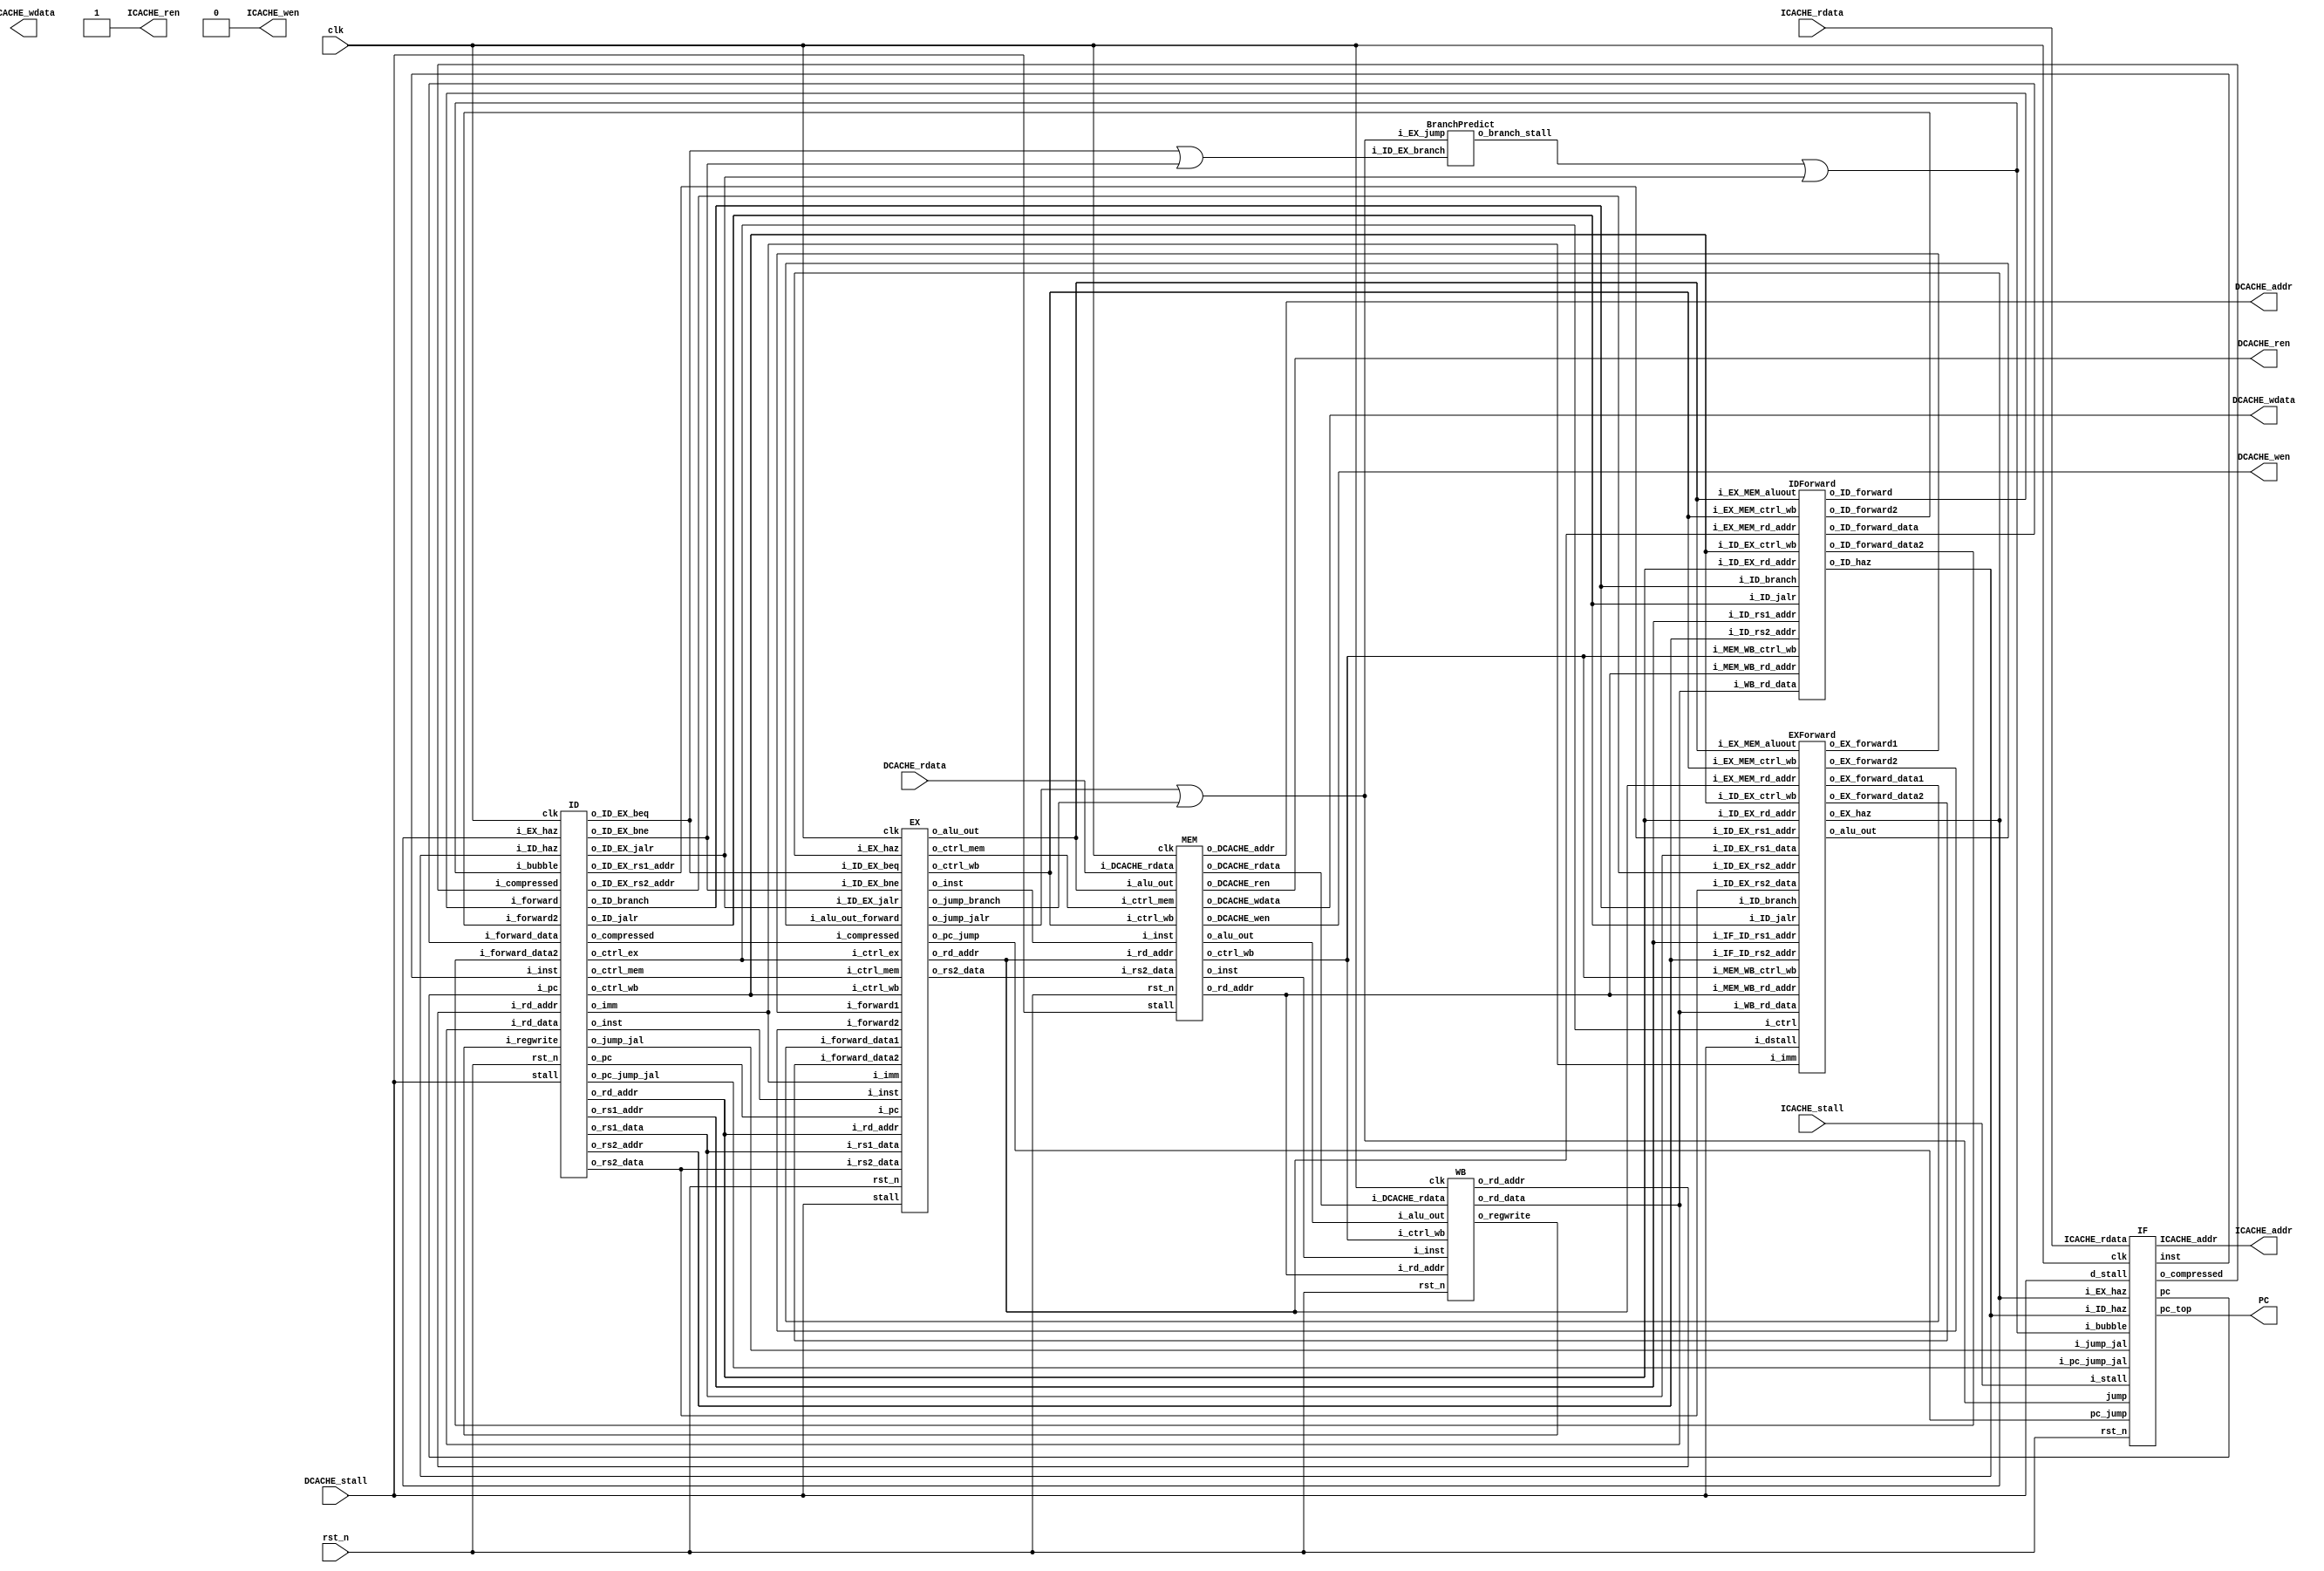
module RISCV_Pipeline (
		// control interface
		clk            ,
		rst_n          ,
//---------I cache interface-------		
		ICACHE_ren     ,
		ICACHE_wen     ,
		ICACHE_addr    ,
		ICACHE_wdata   ,
		ICACHE_stall   ,
		ICACHE_rdata   ,
//---------D cache interface-------
		DCACHE_ren     ,
		DCACHE_wen     ,
		DCACHE_addr    ,
		DCACHE_wdata   ,
		DCACHE_stall   ,
		DCACHE_rdata   ,
        PC
);

input         clk, rst_n ;
// for mem_D
output        DCACHE_wen  ;  // mem_wen_D is high, CHIP writes data to D-mem
output        DCACHE_ren  ;
input         DCACHE_stall;
output [29:0] DCACHE_addr ;  // the specific address to fetch/store data 
output [31:0] DCACHE_wdata;  // data writing to D-mem 
input  [31:0] DCACHE_rdata;  // data reading from D-mem
// for mem_I
output        ICACHE_wen  ;
output        ICACHE_ren  ;
input         ICACHE_stall;
output [30:0] ICACHE_addr ;
output [31:0] ICACHE_wdata;
input  [31:0] ICACHE_rdata;
output [31:0] PC;

assign ICACHE_ren = 1;
assign ICACHE_wen = 0;

//---------module instantiation and module wire definition-------
wire [31:0] pc_IF_ID,inst_IF_ID;
wire [31:0] pc_jump;
wire haz_ID;
//assign haz_ID = 0;
wire EX_haz;
wire branch_stall;
wire IDIF_bubble;
wire [31:0] pc_jump_jal;
wire jump_jal;
wire jump ;
wire compressed_IF_ID,compressed_ID_EX;
//wire ID_EX_bubble;
IF instfetch(
    .clk(clk),
    .rst_n(rst_n),
    .pc_jump(pc_jump),
    .ICACHE_addr(ICACHE_addr),
    .pc(pc_IF_ID),
    .inst(inst_IF_ID),
    .jump(jump),
    .ICACHE_rdata(ICACHE_rdata),
    .i_stall(ICACHE_stall),
    .d_stall(DCACHE_stall),
    .i_ID_haz(haz_ID),
    .i_EX_haz(EX_haz),
    .pc_top(PC),
    .i_bubble(IDIF_bubble),
    .i_pc_jump_jal(pc_jump_jal),
    .i_jump_jal(jump_jal),
    .o_compressed(compressed_IF_ID)
);

wire [31:0] pc_ID_EX;
wire [31:0] imm_ID_EX;
wire [31:0] rs1_ID_EX,rs2_ID_EX;
wire [4:0] rd_addr_WB_ID;
wire [31:0] rd_data_WB_ID;
wire [4:0] rd_ID_EX;
wire [1:0] ctrl_wb_EX_MEM,ctrl_wb_ID_EX,ctrl_wb_MEM_WB;
wire [1:0] ctrl_mem_EX_MEM,ctrl_mem_ID_EX;
wire [5:0] ctrl_ex_ID_EX;
wire [4:0] rs1_addr_ID,rs2_addr_ID;
wire [31:0] forward_data_ID,forward_data_ID2;
wire forward_ID,forward_ID2;
wire ID_jalr,ID_branch;
wire [4:0] ID_EX_rs1_addr,ID_EX_rs2_addr;
wire [31:0] inst_ID_EX,inst_EX_MEM,inst_MEM_WB;

wire ID_EX_branch; 
BranchPredict branchpre(
    .i_ID_EX_branch(ID_EX_branch),
    .i_EX_jump(jump),
    .o_branch_stall(branch_stall)
);

wire ID_EX_jalr;

ID instdec(
    .clk(clk),
    .rst_n(rst_n),
    .i_inst(inst_IF_ID),
    .i_pc(pc_IF_ID),
    .o_pc(pc_ID_EX),
    .o_imm(imm_ID_EX),
    .o_rs1_data(rs1_ID_EX),
    .o_rs2_data(rs2_ID_EX),
    .i_rd_addr(rd_addr_WB_ID),
    .i_rd_data(rd_data_WB_ID),
    .o_rd_addr(rd_ID_EX),
    .o_ctrl_wb(ctrl_wb_ID_EX),
    .o_ctrl_mem(ctrl_mem_ID_EX),
    .o_ctrl_ex(ctrl_ex_ID_EX),
    .i_regwrite(regwrite_WB_ID),
    //.o_jump(jump),
    //.o_pc_jump(pc_jump),
    .stall(DCACHE_stall),
    .o_rs1_addr(rs1_addr_ID),
    .o_rs2_addr(rs2_addr_ID),
    .i_ID_haz(haz_ID),
    .i_forward(forward_ID),
    .i_forward_data(forward_data_ID),
    .i_forward2(forward_ID2),
    .i_forward_data2(forward_data_ID2),
    .o_ID_jalr(ID_jalr),
    .o_ID_EX_rs1_addr(ID_EX_rs1_addr),
    .o_ID_EX_rs2_addr(ID_EX_rs2_addr),
    .i_EX_haz(EX_haz),
    .o_inst(inst_ID_EX),//debug
    .o_ID_branch(ID_branch),
    .i_bubble(IDIF_bubble),
    .o_ID_EX_beq(ID_EX_beq),
    .o_ID_EX_bne(ID_EX_bne),
    .o_ID_EX_jalr(ID_EX_jalr),
    .o_jump_jal(jump_jal),
    .o_pc_jump_jal(pc_jump_jal),
    .i_compressed(compressed_IF_ID),
    .o_compressed(compressed_ID_EX)
    //.o_ID_EX_bubble(ID_EX_bubble)
);

wire [4:0] rd_EX_MEM;
wire [31:0] alu_EX_MEM;
wire [31:0] rs2_EX_MEM;
wire EX_stall;
wire EX_forward1,EX_forward2;
wire [31:0] EX_forward_data1,EX_forward_data2;
wire [31:0] alu_out_forward;

EX exe(
    .clk(clk),
    .rst_n(rst_n),
    //from ID
    .i_pc(pc_ID_EX),
    .i_imm(imm_ID_EX),
    .i_rs1_data(rs1_ID_EX),
    .i_rs2_data(rs2_ID_EX),
    .i_rd_addr(rd_ID_EX),
    .i_ctrl_wb(ctrl_wb_ID_EX),
    .i_ctrl_mem(ctrl_mem_ID_EX),
    .i_ctrl_ex(ctrl_ex_ID_EX),
    //to MEM
    .o_ctrl_mem(ctrl_mem_EX_MEM),
    .o_ctrl_wb(ctrl_wb_EX_MEM),
    .o_rd_addr(rd_EX_MEM),
    .o_alu_out(alu_EX_MEM),
    .o_rs2_data(rs2_EX_MEM),
    .stall(DCACHE_stall),
    //from EXforward
    .i_forward_data1(EX_forward_data1),
    .i_forward_data2(EX_forward_data2),
    .i_forward1(EX_forward1),
    .i_forward2(EX_forward2),
    .i_EX_haz(EX_haz),
    .i_inst(inst_ID_EX),
    .o_inst(inst_EX_MEM),
    .i_ID_EX_beq(ID_EX_beq),
    .i_ID_EX_bne(ID_EX_bne),
    .i_ID_EX_jalr(ID_EX_jalr),
    .o_pc_jump(pc_jump),
    .o_jump_jalr(jump_jalr),
    .o_jump_branch(jump_branch),
    .i_alu_out_forward(alu_out_forward),
    .i_compressed(compressed_ID_EX)
    //.i_ID_EX_bubble(ID_EX_bubble)
);
assign jump = (jump_jalr || jump_branch);

assign IDIF_bubble = (branch_stall || ID_EX_jalr);
assign ID_EX_branch = (ID_EX_beq || ID_EX_bne);
wire [4:0] rd_MEM_WB;
wire [31:0] alu_MEM_WB;
wire [31:0] mem_MEM_WB;
wire MEM_stall;
MEM mem0(
    .clk(clk),
    .rst_n(rst_n),
    //from EX
    .i_ctrl_mem(ctrl_mem_EX_MEM),
    .i_ctrl_wb(ctrl_wb_EX_MEM),
    .i_rd_addr(rd_EX_MEM),
    .i_alu_out(alu_EX_MEM),
    .i_rs2_data(rs2_EX_MEM),
    //to WB
    .o_ctrl_wb(ctrl_wb_MEM_WB),
    .o_rd_addr(rd_MEM_WB),
    .o_alu_out(alu_MEM_WB),
    .o_DCACHE_rdata(mem_MEM_WB),
    //D cache
    .o_DCACHE_wen(DCACHE_wen),
    .o_DCACHE_addr(DCACHE_addr),
    .o_DCACHE_wdata(DCACHE_wdata),
    .i_DCACHE_rdata(DCACHE_rdata),
    .o_DCACHE_ren(DCACHE_ren),
    .stall(DCACHE_stall),
    .i_inst(inst_EX_MEM),
    .o_inst(inst_MEM_WB)
);

WB writeback(
    .clk(clk),
    .rst_n(rst_n),
    //from MEM
    .i_ctrl_wb(ctrl_wb_MEM_WB),
    .i_rd_addr(rd_MEM_WB),
    .i_alu_out(alu_MEM_WB),
    .i_DCACHE_rdata(mem_MEM_WB),
    //to ID
    .o_regwrite(regwrite_WB_ID),
    .o_rd_addr(rd_addr_WB_ID),
    .o_rd_data(rd_data_WB_ID),
    .i_inst(inst_MEM_WB)
);

IDForward idforwd(
    .i_ID_EX_rd_addr(rd_ID_EX),
    .i_ID_EX_ctrl_wb(ctrl_wb_ID_EX),//{memtoreg,regwrite}
    .i_EX_MEM_aluout(alu_EX_MEM),
    .i_EX_MEM_rd_addr(rd_EX_MEM),
    .i_MEM_WB_rd_addr(rd_MEM_WB),
    .i_EX_MEM_ctrl_wb(ctrl_wb_EX_MEM),
    .i_MEM_WB_ctrl_wb(ctrl_wb_MEM_WB),
    .i_WB_rd_data(rd_data_WB_ID),
    .i_ID_rs1_addr(rs1_addr_ID),
    .i_ID_rs2_addr(rs2_addr_ID),
    .o_ID_forward_data(forward_data_ID), //use this data as rs1 if o_ID_forward = 1
    .o_ID_forward(forward_ID),
    .o_ID_forward2(forward_ID2),
    .o_ID_forward_data2(forward_data_ID2),
    .i_ID_jalr(ID_jalr),
    .i_ID_branch(ID_branch),
    .o_ID_haz(haz_ID)  // need to repeat in IF.ID, and add bubble to EX 
);

EXForward exforwd(
    .i_ID_EX_rs1_addr(ID_EX_rs1_addr),
    .i_ID_EX_rs2_addr(ID_EX_rs2_addr),
    .i_EX_MEM_rd_addr(rd_EX_MEM),
    .i_MEM_WB_rd_addr(rd_MEM_WB),
    .i_EX_MEM_ctrl_wb(ctrl_wb_EX_MEM),//{memtoreg,regwrite}
    .i_MEM_WB_ctrl_wb(ctrl_wb_MEM_WB),
    .i_EX_MEM_aluout(alu_EX_MEM),
    .i_WB_rd_data(rd_data_WB_ID),
    .o_EX_forward1(EX_forward1),
    .o_EX_forward2(EX_forward2),
    .o_EX_forward_data1(EX_forward_data1),
    .o_EX_forward_data2(EX_forward_data2),
    .o_EX_haz(EX_haz),
    .i_ID_EX_ctrl_wb(ctrl_wb_ID_EX),
    .i_ID_jalr(ID_jalr),
    .i_ID_branch(ID_branch),
    .i_ID_EX_rd_addr(rd_ID_EX),
    .i_IF_ID_rs1_addr(rs1_addr_ID),
    .i_IF_ID_rs2_addr(rs2_addr_ID),
    .i_dstall(DCACHE_stall),
    .i_ID_EX_rs1_data(rs1_ID_EX),
    .i_ID_EX_rs2_data(rs2_ID_EX),
    .i_ctrl(ctrl_ex_ID_EX),
    .i_imm(imm_ID_EX),
    .o_alu_out(alu_out_forward)
);
    
endmodule



module IF (
    clk,rst_n,pc_jump,ICACHE_addr,pc,inst,jump,ICACHE_rdata,i_stall,d_stall,
    i_ID_haz,i_EX_haz,pc_top,i_bubble,i_jump_jal,i_pc_jump_jal,o_compressed
);

input i_ID_haz;
input clk,rst_n;
input jump; //jump = 1 --> pc_w = pc_jump
input [31:0] pc_jump; // jump location
output [30:0] ICACHE_addr;
output [31:0] pc; // pc : pc pass to next stage
input [31:0] ICACHE_rdata; //inst read from ICACHE
output [31:0] inst; // inst pass to next stage
input i_stall,d_stall;
input i_EX_haz;
output [31:0] pc_top;
input i_bubble;
input i_jump_jal;
input [31:0] i_pc_jump_jal;
output reg o_compressed;

//---------reg and wire definition-------
reg [31:0] inst_w,inst_r;
reg [31:0] pc_w,pc_r,pc_nxtstage;

//reg bubble;
//reg bubble_before;
reg jalr_before,jalr_2cycle;
reg jal_before;
//reg haz_before;

wire [6:0] opcode = inst_w[6:0];
wire [31:0] j_imm = {{12{inst_w[31]}},inst_w[19:12],inst_w[20],inst_w[30:25],inst_w[24:21],1'b0};
wire jal = (opcode ==  7'b1101111);
wire jalr = (opcode == 7'b1100111);
wire branch = (opcode == 7'b1100011);

wire [31:0] inst_dec;
//---------output assignment-------
assign inst = inst_r;
assign pc = pc_nxtstage;
assign ICACHE_addr = pc_r[31:1];
assign pc_top = pc_r;

//---------combinational circuit-------

CompressDecode decode(
    .i_inst_comp(ICACHE_rdata[15:0]),
    .o_inst_dec(inst_dec)
);

wire compressed = ((ICACHE_rdata[1:0] != 2'b11) && (!i_stall));
reg [15:0] full_inst_low_w,full_inst_low_r,full_inst_low; //store the lower 16 bit of cross block instruction
reg wait_full_r,wait_full,wait_full_w; // need to wait higher 16 bit


always @(*) begin
    wait_full = (!compressed && (pc_r[3:1] == 3'b111));
    full_inst_low = ICACHE_rdata[15:0];
end


reg [31:0] pc_notjump;
always @(*) begin
    if (compressed || wait_full_r || wait_full_w) // now is lower 16 or now is higher 16 or compressed
        pc_notjump = pc_r + 2;
    else begin
        pc_notjump = pc_r + 4;
    end
end

//pc_w
always @(*) begin
    if (jump) 
        pc_w = pc_jump;
    else if (i_jump_jal)
        pc_w = i_pc_jump_jal;
    else if(jalr_before || jalr || jal)begin
        pc_w = pc_r;
    end
    else begin
        pc_w = pc_notjump;
    end
end
reg pc_error;
//inst_w
always @(*) begin
    pc_error = 0;
    //if (bubble || i_stall || (bubble_before && haz_before)) 
    if (i_stall || i_bubble || jal_before || wait_full_w) 
        inst_w = 32'h13; //NOP
    else
        if(wait_full_r)begin
            inst_w = {ICACHE_rdata[15:0],full_inst_low_r};
            pc_error = 1;
        end
        else begin
            inst_w = (compressed)? inst_dec : ICACHE_rdata;
        end
end
localparam NOP = 32'h13;

//---------sequential circuit-------

reg jalr_before_w,jalr_2cycle_w,jal_before_w;
always @(*) begin
    if (i_ID_haz || i_EX_haz) begin
        jalr_before_w = jalr_before;
        jalr_2cycle_w = jalr_2cycle;
        jal_before_w = jal_before; 
    end
    else begin
        jalr_before_w = jalr;
        jalr_2cycle_w = jalr_before;
        jal_before_w = jal;
    end
end

always @(posedge clk or negedge rst_n) begin
    if (!rst_n)begin
        jalr_before <= 0;
        jalr_2cycle <=0;
        jal_before <= 0;
    end
    else begin
        jalr_before <= jalr_before_w;
        jalr_2cycle <= jalr_2cycle_w;
        jal_before <= jal_before_w;
    end
end

reg [31:0] pc_w_verified;
reg [31:0] inst_w_verified;
reg [31:0] pc_nxtstage_w;
reg o_compressed_w;

always @(*) begin
    if (i_ID_haz || i_EX_haz || d_stall)begin
        inst_w_verified = inst_r;
        pc_w_verified = pc_r;
        pc_nxtstage_w = pc_nxtstage;
        o_compressed_w = o_compressed;
        wait_full_w = wait_full_r;
        full_inst_low_w = full_inst_low_r;
    end

    else if (i_stall || jalr)begin
        if (jump) begin
            pc_w_verified = pc_w;
            wait_full_w = 0;
        end
        else  begin
            pc_w_verified = pc_r;
            wait_full_w = wait_full_r;
        end
        inst_w_verified = inst_w;
        pc_nxtstage_w = (pc_error)? pc_r - 2 : pc_r;
        o_compressed_w = compressed;
        full_inst_low_w = full_inst_low_r;
    end
    else if (d_stall)begin
        pc_w_verified = pc_r;
        inst_w_verified = inst_r;
        pc_nxtstage_w = pc_nxtstage; 
        o_compressed_w = o_compressed;
        wait_full_w = wait_full_r;
        full_inst_low_w = full_inst_low_r;
    end
    else begin
        pc_w_verified = pc_w;
        pc_nxtstage_w = (pc_error)? pc_r - 2 : pc_r;
        inst_w_verified = inst_w;
        o_compressed_w = compressed;
        wait_full_w = wait_full;
        full_inst_low_w = full_inst_low;
    end
end

always @(posedge clk or negedge rst_n) begin
    if(!rst_n)begin
        pc_r <= 0;
        inst_r <= 0;
        pc_nxtstage <= 0;
        o_compressed <= 0;
        full_inst_low_r <= 0;
        wait_full_r <= 0;
    end
    else begin
        pc_r <= pc_w_verified;
        inst_r <= inst_w_verified;
        pc_nxtstage <= pc_nxtstage_w;
        o_compressed <= o_compressed_w;
        full_inst_low_r <= full_inst_low_w;
        wait_full_r <= wait_full_w;
    end
end

// always @(posedge clk or negedge rst_n) begin
//     //bubble_before <= bubble;
//     //haz_before <= (i_ID_haz||i_EX_haz);
//     if (!rst_n) begin
//         pc_r <= 0;
//     end
//     else begin
//         if (i_ID_haz || i_EX_haz)begin
//             inst_r <= inst_r;
//             pc_r <= pc_r;
//             pc_nxtstage <= pc_nxtstage;
//         end

//         else if (i_stall || jalr)begin
//             if (jump)
//                 pc_r <= pc_w;
//             else 
//                 pc_r <= pc_r;
//             inst_r <= inst_w;
//             pc_nxtstage <= pc_r;
//         end
//         else if (d_stall)begin
//             pc_r <= pc_r;
//             inst_r <= inst_r;
//             pc_nxtstage <= pc_nxtstage; 
//         end
//         else begin
//             pc_r <= pc_w;
//             pc_nxtstage <= pc_r;
//             inst_r <= inst_w;
//         end
//     end
// end

endmodule

module ID (
    clk,
    rst_n,
    //from ID
    i_inst,
    i_pc,
    //to EX
    o_pc,
    o_imm,
    o_rs1_data,
    o_rs2_data,
    //from WB
    i_rd_addr,
    i_rd_data,
    //to EX
    o_rd_addr,
    o_ctrl_wb,
    o_ctrl_mem,
    o_ctrl_ex,
    //from WB ctrl
    i_regwrite,
    //to IF stage
    o_jump,
    o_pc_jump,
    //stall
    stall,
    // to jalrforward
    o_rs1_addr,
    o_rs2_addr,
    o_ID_jalr,
    o_ID_branch,
    //from jalrforward
    i_ID_haz,
    i_forward,
    i_forward_data,
    i_forward2,
    i_forward_data2,
    //to EXforward
    o_ID_EX_rs1_addr,
    o_ID_EX_rs2_addr,
    //from EXforward
    i_EX_haz,
    o_inst,
    o_ID_EX_beq,
    o_ID_EX_bne,
    o_ID_EX_jalr,
    i_bubble,
    o_jump_jal,
    o_pc_jump_jal,
    i_compressed,
    o_compressed
    //o_ID_EX_bubble
);
input clk;
input rst_n;
input [31:0] i_inst;
input [31:0] i_pc;
output reg [31:0] o_pc;
output reg [31:0] o_imm;
output reg [31:0] o_rs1_data,o_rs2_data;
input [4:0] i_rd_addr;
input [31:0] i_rd_data;
output reg [4:0] o_rd_addr;
output reg [1:0] o_ctrl_wb; //{memtoreg,regwrite} for next state
output reg [1:0] o_ctrl_mem; //{memwrite} for next state
output reg [5:0] o_ctrl_ex; //{alupc,aluctrl[3:0],alusrc} for next state
input i_regwrite; // i_regwrite = 1 when need to write back
output reg o_jump; //=1 when pc_nxt = pc_jump
output [31:0] o_pc_jump;
input stall;
output [4:0] o_rs1_addr,o_rs2_addr;
input i_forward,i_forward2;
input [31:0] i_forward_data,i_forward_data2;
input i_ID_haz;
output  o_ID_jalr;
output reg [4:0] o_ID_EX_rs1_addr,o_ID_EX_rs2_addr;
input i_EX_haz;
output reg [31:0] o_inst;
output  o_ID_branch;
output reg o_ID_EX_beq,o_ID_EX_bne;
output reg o_ID_EX_jalr;
input i_bubble;
output reg o_jump_jal;
output reg [31:0] o_pc_jump_jal;
input i_compressed;
output reg o_compressed;
//output reg o_ID_EX_bubble;
//---------reg and wire definition-------


reg jal;      // this stage //not used now
reg jalr;     // this stage
reg branch;   // this stage
reg memtoreg; // wb stage
reg memwrite; // mem stage
reg memread;  // mem stage
reg alusrc;   // ex stage
reg alupc;    // ex stage, alupc = 1 when jal or jalr(write pc+4 to reg)
reg regwrite; // wb stage
reg rs_equal; // this stage
reg [3:0] aluctrl; //ex stage

wire [31:0] i_imm,s_imm,b_imm,j_imm;
reg [31:0] imm_w;
wire [6:0] opcode ;
wire [2:0] funct3;
wire [4:0] rd_addr;
wire [4:0] rs1,rs2; 
wire bubble = (i_ID_haz || i_EX_haz || i_bubble);
wire [1:0] ctrl_wb_w = (i_ID_haz || i_EX_haz || i_bubble)? 0 : {memtoreg,regwrite};
wire [1:0] ctrl_mem_w = (i_ID_haz || i_EX_haz || i_bubble)? 0 : {memread,memwrite};
wire [5:0] ctrl_ex_w = (i_ID_haz || i_EX_haz || i_bubble)? 0 : {alupc,aluctrl,alusrc};
wire [31:0] rs1_data,rs2_data;

reg [31:0] rs1_data_revised,rs2_data_revised;

reg_file reg0(
                .clk  (clk) , 
                .rst_n(rst_n) , 
                .wen  (i_regwrite) , 
                .a1   (rs1) , 
                .a2   (rs2) , 
                .aw   (i_rd_addr) , 
                .d    (i_rd_data) , 
                .q1   (rs1_data) , 
                .q2   (rs2_data) );

assign i_imm = {{21{i_inst[31]}},i_inst[30:25],i_inst[24:21],i_inst[20]};
assign s_imm = {{21{i_inst[31]}},i_inst[30:25],i_inst[11:8],i_inst[7]};
assign b_imm = {{20{i_inst[31]}},i_inst[7],i_inst[30:25],i_inst[11:8],1'b0};
assign j_imm = {{12{i_inst[31]}},i_inst[19:12],i_inst[20],i_inst[30:25],i_inst[24:21],1'b0};

assign opcode = i_inst[6:0];
assign funct3 = i_inst[14:12];
assign rd_addr = i_inst[11:7];
assign rs1 = i_inst[19:15];
assign rs2 = i_inst[24:20];
assign o_rs1_addr = rs1;
assign o_rs2_addr = rs2;
assign o_ID_jalr = jalr;
assign o_ID_branch = branch;
//aluctrl param
localparam ALU_ADD = 4'b0000;
localparam ALU_SUB = 4'b0001;
localparam ALU_AND = 4'b0010;
localparam ALU_OR =  4'b0011;
localparam ALU_SLT = 4'b0100;
localparam ALU_XOR = 4'b0101;
localparam ALU_SLL = 4'b0110;
localparam ALU_SRA = 4'b0111;
localparam ALU_SRL = 4'b1000;

always @(*) begin
    if(i_forward)
        rs1_data_revised = i_forward_data;
    else if (i_rd_addr && i_rd_addr == rs1 && i_regwrite)
        rs1_data_revised = i_rd_data;
    else 
        rs1_data_revised = rs1_data;
end
always @(*) begin
    if(i_forward2)
        rs2_data_revised = i_forward_data2;
    else if (i_rd_addr && i_rd_addr == rs2 && i_regwrite)
        rs2_data_revised = i_rd_data;
    else
        rs2_data_revised = rs2_data;
end

//ctrl and imm
always @(*) begin
    jal = 0;
    jalr = 0;
    branch = 0;
    memtoreg = 0;
    memwrite = 0;
    alusrc = 0;
    regwrite = 0;
    memread = 0;
    alupc = 0;
    case (opcode)
        7'b0110011:begin//arith
            imm_w = i_imm;//dont care
            regwrite = 1;
        end 
        7'b0010011:begin //arith,i type
            imm_w = i_imm;
            alusrc = 1;
            regwrite = 1;
        end
        7'b0000011:begin//load
            imm_w = i_imm;
            alusrc = 1;
            memtoreg = 1;
            regwrite = 1;
            memread = 1;
        end
        7'b0100011:begin//store
            imm_w = s_imm;
            alusrc = 1;
            memwrite = 1;
        end
        7'b1100011:begin//branch
            imm_w = b_imm;
            branch = 1;
            alusrc = 1;
        end
        7'b1100111:begin//jalr
            imm_w = i_imm;
            jalr = 1;
            regwrite = 1;
            alupc = 1;
        end
        7'b1101111:begin//jal
            imm_w = j_imm;
            jal = 1;
            regwrite = 1;
            alupc = 1;
        end
        default: begin
            imm_w = 0;
        end
    endcase
end
always @(*) begin
    o_jump_jal = jal;
    o_pc_jump_jal = i_pc + imm_w;
end

//aluctrl
always @(*) begin
    case (opcode)
        7'b0000011:aluctrl = ALU_ADD; // load
        7'b0100011:aluctrl = ALU_ADD; // store
        7'b1100111:aluctrl = ALU_ADD; //jalr
        7'b1101111:aluctrl = ALU_ADD; //jal,dont care
        //7'b1100011:aluctrl = ALU_SUB; // branch,actually dont care
        default: begin //arith
            case (funct3)
                3'b000: aluctrl = (i_inst[30] && opcode[5])? ALU_SUB:ALU_ADD;
                3'b001: aluctrl = ALU_SLL;
                3'b010: aluctrl = ALU_SLT;
                3'b100: aluctrl = ALU_XOR;
                3'b101: aluctrl = (i_inst[30])? ALU_SRA : ALU_SRL;
                3'b110: aluctrl = ALU_OR;
                3'b111: aluctrl = ALU_AND;
                default: aluctrl = 0;
            endcase
        end
    endcase
end

reg [31:0] sum_pc_a;
//o_pc_jump
always @(*) begin
    if(jalr)begin
        sum_pc_a = rs1_data_revised;
    end
    else 
        sum_pc_a = i_pc;
end
assign o_pc_jump = sum_pc_a + imm_w;

//o_jump
always @(*) begin
    rs_equal = (rs1_data_revised == rs2_data_revised);
    o_jump = (jalr || (branch && (funct3[0] ^ rs_equal))  && !i_ID_haz); //funct3[0] : BEQ = 0, BNE = 1
end

reg [31:0] o_pc_w,o_imm_w,o_rs1_data_w,o_rs2_data_w;
reg [4:0] o_rd_addr_w;
reg [5:0] o_ctrl_ex_w;
reg [1:0] o_ctrl_mem_w;
reg [1:0] o_ctrl_wb_w;
reg [31:0] o_inst_w;
reg [4:0] o_ID_EX_rs1_addr_w,o_ID_EX_rs2_addr_w;
reg o_ID_EX_beq_w,o_ID_EX_bne_w;
reg o_ID_EX_jalr_w;
reg o_compressed_w;
//reg o_ID_EX_bubble_w;

always @(*) begin
    if (stall)begin
        o_ID_EX_beq_w = o_ID_EX_beq;
        o_ID_EX_bne_w = o_ID_EX_bne;
        o_pc_w = o_pc;
        o_imm_w = o_imm;
        o_rs1_data_w = o_rs1_data;
        o_rs2_data_w = o_rs2_data;
        o_rd_addr_w = o_rd_addr;
        o_ctrl_wb_w = o_ctrl_wb;
        o_ctrl_ex_w = o_ctrl_ex;
        o_ctrl_mem_w = o_ctrl_mem;
        o_inst_w = o_inst;
        o_ID_EX_rs1_addr_w = o_ID_EX_rs1_addr;
        o_ID_EX_rs2_addr_w = o_ID_EX_rs2_addr;
        o_ID_EX_jalr_w = o_ID_EX_jalr;
        o_compressed_w = o_compressed;
        //o_ID_EX_bubble_w = o_ID_EX_bubble;
    end
    else begin
        o_pc_w = i_pc;
        o_imm_w = imm_w;
        o_rs1_data_w = rs1_data_revised;
        o_rs2_data_w = rs2_data_revised;
        o_rd_addr_w = rd_addr;
        o_ctrl_wb_w = ctrl_wb_w;
        o_ctrl_ex_w = ctrl_ex_w;
        o_ctrl_mem_w = ctrl_mem_w;
        o_compressed_w = i_compressed;
        //o_ID_EX_bubble_w = bubble;
        if (i_ID_haz || i_EX_haz || i_bubble) begin
            o_inst_w = 32'h13;
            o_ID_EX_jalr_w = 0;
            o_ID_EX_beq_w = 0;
            o_ID_EX_bne_w = 0;
        end
        else begin
            o_inst_w = i_inst;
            o_ID_EX_beq_w = (branch && !funct3[0]);
            o_ID_EX_bne_w = (branch &&  funct3[0]);
            o_ID_EX_jalr_w = jalr;
        end
        o_ID_EX_rs1_addr_w = rs1;
        o_ID_EX_rs2_addr_w = rs2;
    end
end

always @(posedge clk or negedge rst_n) begin
    if (!rst_n)begin
        o_pc <= 0;
        o_imm <= 0;
        o_rs1_data <= 0;
        o_rs2_data <= 0;
        o_rd_addr <= 0;
        o_ctrl_wb <= 0;
        o_ctrl_ex <= 0;
        o_ctrl_mem <= 0;
        o_inst <= 0;
        o_ID_EX_rs1_addr <= 0;
        o_ID_EX_rs2_addr <= 0;
        o_ID_EX_beq <= 0;
        o_ID_EX_bne <= 0;
        o_ID_EX_jalr <= 0;
        o_compressed <= 0;
        //o_ID_EX_bubble <= 0;
    end
    else begin
        o_pc <= o_pc_w;
        o_imm <= o_imm_w;
        o_rs1_data <= o_rs1_data_w;
        o_rs2_data <= o_rs2_data_w;
        o_rd_addr <= o_rd_addr_w;
        o_ctrl_wb <= o_ctrl_wb_w;
        o_ctrl_ex <= o_ctrl_ex_w;
        o_ctrl_mem <= o_ctrl_mem_w;
        o_inst <= o_inst_w;
        o_ID_EX_rs1_addr <= o_ID_EX_rs1_addr_w;
        o_ID_EX_rs2_addr <= o_ID_EX_rs2_addr_w;
        o_ID_EX_beq <= o_ID_EX_beq_w;
        o_ID_EX_bne <= o_ID_EX_bne_w;
        o_ID_EX_jalr <= o_ID_EX_jalr_w;
        o_compressed <= o_compressed_w;
        //o_ID_EX_bubble <= o_ID_EX_bubble_w;
    end
end
    
endmodule


module EX (
    clk,
    rst_n,
    //from ID
    i_pc,
    i_imm,
    i_rs1_data,
    i_rs2_data,
    i_rd_addr,
    i_ctrl_wb,
    i_ctrl_mem,
    i_ctrl_ex,
    //to MEM
    o_ctrl_mem,
    o_ctrl_wb,
    o_rd_addr,
    o_alu_out,
    o_rs2_data,
    //stall
    stall,
    //from EXforward
    i_forward1,
    i_forward2,
    i_forward_data1,
    i_forward_data2,
    i_EX_haz,
    i_inst,
    o_inst,
    i_ID_EX_beq,
    i_ID_EX_bne,
    i_ID_EX_jalr,
    o_pc_jump,
    o_jump_jalr,
    o_jump_branch,
    i_alu_out_forward,
    i_compressed
    //i_ID_EX_bubble
);

input clk,rst_n;
input [31:0] i_pc;
input [31:0] i_imm;
input [31:0] i_rs1_data,i_rs2_data;
input [4:0] i_rd_addr;
input [5:0] i_ctrl_ex;
input [1:0] i_ctrl_mem;
input [1:0] i_ctrl_wb;
input stall;
input i_forward1,i_forward2;
input [31:0] i_forward_data1,i_forward_data2;
input i_EX_haz;
input [31:0] i_inst;
input i_ID_EX_beq,i_ID_EX_bne;
input i_ID_EX_jalr;
input [31:0] i_alu_out_forward;
//input i_ID_EX_bubble;
input i_compressed;

output reg [1:0] o_ctrl_mem;
output reg [1:0] o_ctrl_wb;
output reg [4:0] o_rd_addr;
output reg [31:0] o_rs2_data;
output reg [31:0] o_alu_out;
output reg [31:0] o_inst;
output reg [31:0] o_pc_jump;
output reg o_jump_jalr,o_jump_branch;

reg [31:0] alu_in2,alu_in1;
reg [31:0] alu_out;
wire alusrc = i_ctrl_ex[0];
wire alupc = i_ctrl_ex[5];
wire [3:0] aluctrl = i_ctrl_ex[4:1];

//ALU alu0(.in1(alu_in1),.in2(alu_in2),.out(alu_out),.ctrl(aluctrl));

reg [31:0] rs2_data_revised,rs1_data_revised;
always @(*) begin
    if(i_forward2)
        rs2_data_revised = i_forward_data2;
    else 
        rs2_data_revised = i_rs2_data;
end
always @(*) begin
    if(i_forward1)
        rs1_data_revised = i_forward_data1;
    else
        rs1_data_revised = i_rs1_data;
end 

always @(*) begin
    begin
        if(alupc)begin
            if (i_compressed)
                alu_out = i_pc + 2;
            else
                alu_out = i_pc + 4;
        end
        else begin
            alu_out = i_alu_out_forward;
        end
    end
end


wire rs_equal = (i_rs1_data == i_rs2_data);
always @(*) begin
    if((i_ID_EX_beq && rs_equal) || (i_ID_EX_bne && !rs_equal))
        o_jump_branch = 1;
    else 
        o_jump_branch = 0;
end
always @(*) begin
    o_jump_jalr = i_ID_EX_jalr;
end
wire [31:0] pc_jump_a = (i_ID_EX_jalr)? i_rs1_data : i_pc;
always @(*) begin
    o_pc_jump = pc_jump_a + i_imm;
end

reg [1:0] o_ctrl_mem_w;
reg [1:0] o_ctrl_wb_w;
reg [4:0] o_rd_addr_w;
reg [31:0] o_alu_out_w;
reg [31:0] o_rs2_data_w;
reg [31:0] o_inst_w;

always @(*) begin
    if (stall)begin
        o_ctrl_mem_w = o_ctrl_mem;
        o_ctrl_wb_w = o_ctrl_wb;
        o_rd_addr_w = o_rd_addr;
        o_alu_out_w = o_alu_out;
        o_rs2_data_w = o_rs2_data;
        o_inst_w = o_inst;
    end
    else begin
        o_ctrl_mem_w = i_ctrl_mem;
        o_ctrl_wb_w = i_ctrl_wb;
        o_rd_addr_w = i_rd_addr;
        o_alu_out_w = alu_out;
        o_rs2_data_w = rs2_data_revised;
        o_inst_w = i_inst;
    end
end

always @(posedge clk or negedge rst_n) begin
    if (!rst_n)begin
        o_ctrl_mem <= 0;
        o_ctrl_wb <= 0;
        o_rd_addr <= 0;
        o_alu_out <= 0;
        o_rs2_data <= 0;
        o_inst <= 0;
    end
    else begin
        o_ctrl_mem <= o_ctrl_mem_w;
        o_ctrl_wb <= o_ctrl_wb_w;
        o_rd_addr <= o_rd_addr_w;
        o_alu_out <= o_alu_out_w;
        o_rs2_data <= o_rs2_data_w;
        o_inst <= o_inst_w;
    end
    
end
    
endmodule

module MEM (
    clk,
    rst_n,
    //from EX
    i_ctrl_mem,
    i_ctrl_wb,
    i_rd_addr,
    i_alu_out,
    i_rs2_data,
    //to WB
    o_ctrl_wb,
    o_rd_addr,
    o_alu_out,
    o_DCACHE_rdata,
    //D cache
    o_DCACHE_wen,
    o_DCACHE_addr,
    o_DCACHE_wdata,
    i_DCACHE_rdata,
    o_DCACHE_ren,
    //stall
    stall,
    i_inst,
    o_inst
);
input clk,rst_n;
input [1:0] i_ctrl_mem;//{memread,memwrite}
input [1:0] i_ctrl_wb;
input [4:0] i_rd_addr;
input [31:0] i_alu_out;
input [31:0] i_rs2_data;
input stall;
input [31:0] i_inst;

output reg [1:0] o_ctrl_wb;
output reg [4:0] o_rd_addr;
output reg [31:0] o_alu_out;
output reg [31:0] o_inst;

output reg [31:0] o_DCACHE_rdata;
output o_DCACHE_wen,o_DCACHE_ren;
output [29:0] o_DCACHE_addr;
output [31:0] o_DCACHE_wdata;
input [31:0] i_DCACHE_rdata;

assign o_DCACHE_wen = i_ctrl_mem[0];
assign o_DCACHE_ren = i_ctrl_mem[1];
assign o_DCACHE_addr = i_alu_out[31:2];
assign o_DCACHE_wdata = {i_rs2_data[7:0],i_rs2_data[15:8],i_rs2_data[23:16],i_rs2_data[31:24]};

reg [1:0] o_ctrl_wb_w;
reg [4:0] o_rd_addr_w;
reg [31:0] o_alu_out_w;
reg [31:0] o_DCACHE_rdata_w;
reg [31:0] o_inst_w;

always @(*) begin
    if (stall)begin
        o_ctrl_wb_w = o_ctrl_wb;
        o_rd_addr_w = o_rd_addr;
        o_alu_out_w = o_alu_out;
        o_DCACHE_rdata_w = o_DCACHE_rdata;
        o_inst_w = o_inst;
    end
    else begin
        o_ctrl_wb_w = i_ctrl_wb;
        o_rd_addr_w = i_rd_addr;
        o_alu_out_w = i_alu_out;
        o_DCACHE_rdata_w = {i_DCACHE_rdata[7:0],i_DCACHE_rdata[15:8],i_DCACHE_rdata[23:16],i_DCACHE_rdata[31:24]};
        o_inst_w = i_inst;
    end
end

always @(posedge clk or negedge rst_n) begin
    if (!rst_n)begin
        o_ctrl_wb <= 0;
        o_rd_addr <= 0;
        o_alu_out <= 0;
        o_DCACHE_rdata <= 0;
        o_inst <= 0;
    end
    else begin
        o_ctrl_wb <= o_ctrl_wb_w;
        o_rd_addr <= o_rd_addr_w;
        o_alu_out <= o_alu_out_w;
        o_DCACHE_rdata <= o_DCACHE_rdata_w;
        o_inst <= o_inst_w;
    end
end
    
endmodule

module WB (
    clk,
    rst_n,
    //from MEM
    i_ctrl_wb, //{memtoreg,regwrite}
    i_rd_addr,
    i_alu_out,
    i_DCACHE_rdata,
    //to ID
    o_regwrite,
    o_rd_addr,
    o_rd_data,
    i_inst
);

input clk,rst_n;
input [1:0] i_ctrl_wb;
input [4:0] i_rd_addr;
input [31:0] i_alu_out;
input [31:0] i_DCACHE_rdata;
input [31:0] i_inst;

output o_regwrite;
output [4:0] o_rd_addr;
output [31:0] o_rd_data;

wire memtoreg = i_ctrl_wb[1];

assign o_regwrite = i_ctrl_wb[0];
assign o_rd_addr = i_rd_addr;
assign o_rd_data = (memtoreg)? i_DCACHE_rdata:i_alu_out;
    
endmodule



module reg_file(clk, rst_n, wen, a1, a2, aw, d, q1, q2);
   
    parameter BITS = 32;
    parameter word_depth = 32;
    parameter addr_width = 5; // 2^addr_width >= word_depth
    
    input clk, rst_n, wen; // wen: 0:read | 1:write
    input [BITS-1:0] d;
    input [addr_width-1:0] a1, a2, aw;

    output [BITS-1:0] q1, q2;

    reg [BITS-1:0] mem [0:word_depth-1];
    reg [BITS-1:0] mem_nxt [0:word_depth-1];

    integer i;

    assign q1 = mem[a1];
    assign q2 = mem[a2];

    always @(*) begin
        for (i=0; i<word_depth; i=i+1)
            mem_nxt[i] = (wen && (aw == i)) ? d : mem[i];
    end

    always @(posedge clk or negedge rst_n) begin
        if (!rst_n) begin
            mem[0] <= 0;
            for (i=1; i<word_depth; i=i+1) begin
                /*
                case(i)
                    32'd2: mem[i] <= 32'hbffffff0;
                    32'd3: mem[i] <= 32'h10008000;
                    default: mem[i] <= 32'h0;
                endcase
                */
                mem[i] <= 32'h0;
            end
        end
        else begin
            mem[0] <= 0;
            for (i=1; i<word_depth; i=i+1)
                mem[i] <= mem_nxt[i];
        end       
    end
endmodule

module ALU (
    in1,in2,out,ctrl
);
input [31:0] in1,in2;
output reg [31:0] out;
input [3:0] ctrl;

//ctrl param
localparam ALU_ADD = 4'b0000;
localparam ALU_SUB = 4'b0001;
localparam ALU_AND = 4'b0010;
localparam ALU_OR =  4'b0011;
localparam ALU_SLT = 4'b0100;
localparam ALU_XOR = 4'b0101;
localparam ALU_SLL = 4'b0110;
localparam ALU_SRA = 4'b0111;
localparam ALU_SRL = 4'b1000;
wire [31:0] sub = in1 - in2;

always @(*) begin
    case (ctrl)
        ALU_ADD: out = in1 + in2;
        ALU_SUB: out = sub;
        ALU_AND: out = in1 & in2;
        ALU_OR : out = in1 | in2;
        ALU_SLT: out = (sub[31]);
        ALU_XOR: out = in1 ^ in2;
        ALU_SLL: out = in1 << in2;
        ALU_SRA: out = $signed(in1) >>> in2;
        ALU_SRL: out = in1 >> in2; 
        default: out = in1 + in2; 
    endcase
end
    
endmodule

module ALU_simple (
    in1,in2,out,ctrl
);
input [31:0] in1,in2;
output reg [31:0] out;
input [3:0] ctrl;

//ctrl param
localparam ALU_ADD = 4'b0000;
localparam ALU_SUB = 4'b0001;
localparam ALU_SLT = 4'b0100;
reg [31:0] in2_modify;
wire [31:0] in2_neg = ~in2 + 1;
wire [31:0] sum = in1 + in2_modify;

always @(*) begin
    case (ctrl)
        ALU_ADD:begin
            in2_modify = in2;
            out = sum;
        end 
        ALU_SUB:begin
            in2_modify = in2_neg;
            out = sum;
        end 
        ALU_SLT:begin
            in2_modify = in2_neg;
            out = (sum[31]);
        end 
        default: begin
            in2_modify = in2;
            out = sum;
        end  
    endcase
end
    
endmodule

module ALU_fast (
    in1,in2,out,ctrl
);
input [31:0] in1,in2;
output reg [31:0] out;
input [3:0] ctrl;

//ctrl param
localparam ALU_ADD = 4'b0000;
localparam ALU_SUB = 4'b0001;
localparam ALU_AND = 4'b0010;
localparam ALU_OR =  4'b0011;
localparam ALU_SLT = 4'b0100;
localparam ALU_XOR = 4'b0101;
localparam ALU_SLL = 4'b0110;
localparam ALU_SRA = 4'b0111;
localparam ALU_SRL = 4'b1000;

always @(*) begin
    case (ctrl)
        ALU_AND: out = in1 & in2;
        ALU_OR : out = in1 | in2;
        ALU_XOR: out = in1 ^ in2;
        ALU_SLL: out = in1 << in2;
        ALU_SRA: out = $signed(in1) >>> in2;
        ALU_SRL: out = in1 >> in2; 
        default: out = in1 & in2; 
    endcase
end
    
endmodule

module IDForward (
    i_ID_EX_rd_addr,
    i_ID_EX_ctrl_wb,//{memtoreg,regwrite}
    i_EX_MEM_aluout,
    i_EX_MEM_rd_addr,
    i_MEM_WB_rd_addr,
    i_EX_MEM_ctrl_wb,
    i_MEM_WB_ctrl_wb,
    i_WB_rd_data,
    i_ID_rs1_addr,
    i_ID_rs2_addr,
    o_ID_forward_data, //use this data as rs1 if o_ID_forward = 1
    o_ID_forward,
    o_ID_forward_data2,
    o_ID_forward2,
    i_ID_jalr,
    i_ID_branch,
    o_ID_haz // do not happen in real life? (do not load an address then jalr to it normally) // need to repeat in IF.ID, and add bubble to EX 
);

input [31:0] i_WB_rd_data;
input [31:0] i_EX_MEM_aluout;
input [4:0] i_EX_MEM_rd_addr,i_MEM_WB_rd_addr,i_ID_EX_rd_addr;
input [1:0] i_ID_EX_ctrl_wb,i_EX_MEM_ctrl_wb,i_MEM_WB_ctrl_wb;
input [4:0] i_ID_rs1_addr,i_ID_rs2_addr;
output reg [31:0] o_ID_forward_data,o_ID_forward_data2;
output reg o_ID_forward,o_ID_forward2;
output o_ID_haz;
input i_ID_jalr;
input i_ID_branch;
reg haz1,haz2;
assign o_ID_haz = haz1 || haz2;
always @(*) begin
    o_ID_forward_data = 0;
    o_ID_forward = 0;
    haz1 = 0;
    if(i_ID_jalr || i_ID_branch)begin
        if(i_ID_rs1_addr) begin
            if(i_ID_EX_ctrl_wb[0] && (i_ID_EX_rd_addr == i_ID_rs1_addr))begin
                //$display("how come? jalr right after assign that reg");
                haz1 = 1;
            end
            else if (i_EX_MEM_ctrl_wb[0] && (i_EX_MEM_rd_addr == i_ID_rs1_addr))begin
                if(i_EX_MEM_ctrl_wb[1]) begin
                    //$display("how come? jalr to a load data");
                    haz1 = 1;
                end
                else begin
                    o_ID_forward = 1;
                    o_ID_forward_data = i_EX_MEM_aluout;
                end
            end
            else if (i_MEM_WB_ctrl_wb[0] && (i_MEM_WB_rd_addr == i_ID_rs1_addr))begin
                o_ID_forward = 1;
                o_ID_forward_data = i_WB_rd_data;
            end
        end
    end
end

always @(*) begin
    o_ID_forward_data2 = 0;
    o_ID_forward2 = 0;
    haz2 = 0;
    if(i_ID_branch)begin
        if(i_ID_rs2_addr) begin
            if(i_ID_EX_ctrl_wb[0] && (i_ID_EX_rd_addr == i_ID_rs2_addr))begin
                //$display("how come? jalr right after assign that reg");
                haz2 = 1;
            end
            else if (i_EX_MEM_ctrl_wb[0] && (i_EX_MEM_rd_addr == i_ID_rs2_addr))begin
                if(i_EX_MEM_ctrl_wb[1]) begin
                    //$display("how come? jalr to a load data");
                    haz2 = 1;
                end
                else begin
                    o_ID_forward2 = 1;
                    o_ID_forward_data2 = i_EX_MEM_aluout;
                end
            end
            else if (i_MEM_WB_ctrl_wb[0] && (i_MEM_WB_rd_addr == i_ID_rs2_addr))begin
                o_ID_forward2 = 1;
                o_ID_forward_data2 = i_WB_rd_data;
            end
        end
    end
end
    
endmodule

module EXForward (
    i_ID_EX_rs1_addr,
    i_ID_EX_rs2_addr,
    i_ID_EX_ctrl_wb,
    i_ID_jalr,
    i_ID_branch,
    i_ID_EX_rd_addr,
    i_IF_ID_rs1_addr,
    i_IF_ID_rs2_addr,
    i_EX_MEM_rd_addr,
    i_MEM_WB_rd_addr,
    i_EX_MEM_ctrl_wb,//{memtoreg,regwrite}
    i_MEM_WB_ctrl_wb,
    i_EX_MEM_aluout,
    i_WB_rd_data,
    o_EX_forward1,
    o_EX_forward2,
    o_EX_forward_data1,
    o_EX_forward_data2,
    o_EX_haz,
    i_dstall,
    i_ID_EX_rs1_data,
    i_ID_EX_rs2_data,
    i_ctrl,
    i_imm,
    o_alu_out
);

input [4:0] i_ID_EX_rs1_addr,i_ID_EX_rs2_addr;
input [4:0] i_IF_ID_rs1_addr,i_IF_ID_rs2_addr;
input [4:0] i_EX_MEM_rd_addr,i_MEM_WB_rd_addr;
input [1:0] i_EX_MEM_ctrl_wb,i_MEM_WB_ctrl_wb;
output reg o_EX_forward1,o_EX_forward2;
output reg [31:0] o_EX_forward_data1,o_EX_forward_data2;
output o_EX_haz;
input [31:0] i_EX_MEM_aluout;
input [31:0] i_WB_rd_data;
input i_ID_jalr,i_ID_branch;
input [4:0] i_ID_EX_rd_addr;
input [1:0] i_ID_EX_ctrl_wb;
input i_dstall;
input [31:0] i_ID_EX_rs1_data,i_ID_EX_rs2_data;
input [5:0] i_ctrl;
input [31:0] i_imm;
output reg [31:0] o_alu_out;

wire alusrc = i_ctrl[0];
wire alupc = i_ctrl[5];
wire [3:0] aluctrl = i_ctrl[4:1];

reg haz1,haz2;
wire [31:0] rs2_modify;
wire [31:0] alu_in2;

wire [31:0] rs1_exmem_out,rs1_memwb_out,exmem_rs2_out,memwb_rs2_out,memwb_exmem_out,exmem_memwb_out,rs1_rs2_out;
reg [31:0] rs1_data_revised,rs2_data_revised;
wire [31:0] rs1_rs2_out_revised;
reg rs1_mem,rs2_mem,rs1_wb,rs2_wb;

ALU_fast   rs1_rs2_revised    (.in1(rs1_data_revised),.in2(alu_in2),     .out(rs1_rs2_out_revised),    .ctrl(aluctrl));
ALU_simple rs1_rs2     (.in1(i_ID_EX_rs1_data),.in2(rs2_modify),     .out(rs1_rs2_out),    .ctrl(aluctrl));
ALU_simple rs1_exmem   (.in1(i_ID_EX_rs1_data),.in2(i_EX_MEM_aluout),.out(rs1_exmem_out),  .ctrl(aluctrl));
ALU_simple rs1_memwb   (.in1(i_ID_EX_rs1_data),.in2(i_WB_rd_data),   .out(rs1_memwb_out),  .ctrl(aluctrl));
ALU_simple exmem_rs2   (.in1(i_EX_MEM_aluout),.in2(rs2_modify),      .out(exmem_rs2_out),  .ctrl(aluctrl));
ALU_simple memwb_rs2   (.in1(i_WB_rd_data),   .in2(rs2_modify),      .out(memwb_rs2_out),  .ctrl(aluctrl));
ALU_simple memwb_exmem (.in1(i_WB_rd_data),   .in2(i_EX_MEM_aluout), .out(memwb_exmem_out),.ctrl(aluctrl));
ALU_simple exmem_memwb (.in1(i_EX_MEM_aluout),.in2(i_WB_rd_data),    .out(exmem_memwb_out),.ctrl(aluctrl));
assign o_EX_haz = haz1 || haz2;
assign alu_in2 = (alusrc)? i_imm : rs2_data_revised;
assign rs2_modify = (alusrc)? i_imm : i_ID_EX_rs2_data;

localparam ALU_ADD = 4'b0000;
localparam ALU_SUB = 4'b0001;
localparam ALU_SLT = 4'b0100;

always @(*) begin
    if ((aluctrl == ALU_ADD) || (aluctrl == ALU_SUB) || (aluctrl == ALU_SLT))begin
        if (alusrc)begin
            if(rs1_mem)begin
                o_alu_out = exmem_rs2_out;
            end
            else if (rs1_wb)begin
                o_alu_out = memwb_rs2_out;
            end
            else begin
                o_alu_out = rs1_rs2_out;
            end
        end
        else begin
            case ({rs1_mem,rs2_mem,rs1_wb,rs2_wb})
                4'b0000:begin
                    o_alu_out = rs1_rs2_out;
                end 
                4'b0100:begin
                    o_alu_out = rs1_exmem_out;
                end
                4'b1000:begin
                    o_alu_out = exmem_rs2_out;
                end
                4'b0010:begin
                    o_alu_out = memwb_rs2_out;
                end
                4'b0001:begin
                    o_alu_out = rs1_memwb_out;
                end
                4'b1001:begin
                    o_alu_out = exmem_memwb_out;
                end
                4'b0110:begin
                    o_alu_out = memwb_exmem_out;
                end
                default: o_alu_out = rs1_rs2_out;
            endcase
        end
    end
    else begin
        o_alu_out = rs1_rs2_out_revised;
    end
end


always @(*) begin
    o_EX_forward1 = 0;
    rs1_mem = 0;
    rs1_wb = 0;
    rs1_data_revised = i_ID_EX_rs1_data;
    o_EX_forward_data1 = 0; //default value, not used 
    if (i_ID_EX_rs1_addr) begin // not x0
        if((i_ID_EX_rs1_addr == i_EX_MEM_rd_addr) && i_EX_MEM_ctrl_wb[0])begin
            o_EX_forward1 = 1;
            o_EX_forward_data1 = i_EX_MEM_aluout;
            rs1_data_revised = i_EX_MEM_aluout;
            rs1_mem = 1;
        end
        else if ((i_ID_EX_rs1_addr == i_MEM_WB_rd_addr) && i_MEM_WB_ctrl_wb[0])begin
            o_EX_forward1 = 1;
            o_EX_forward_data1 = i_WB_rd_data;
            rs1_data_revised = i_WB_rd_data;
            rs1_wb = 1;
        end
    end
end

always @(*) begin
    o_EX_forward2 = 0;
    o_EX_forward_data2 = i_EX_MEM_aluout;
    rs2_data_revised = i_ID_EX_rs2_data;
    rs2_mem = 0;
    rs2_wb = 0;
    if (i_ID_EX_rs2_addr) begin
        if((i_ID_EX_rs2_addr == i_EX_MEM_rd_addr) && i_EX_MEM_ctrl_wb[0])begin
            o_EX_forward2 = 1;
            o_EX_forward_data2 = i_EX_MEM_aluout;
            rs2_data_revised = i_EX_MEM_aluout;
            rs2_mem = 1;
        end
        else if ((i_ID_EX_rs2_addr == i_MEM_WB_rd_addr) && i_MEM_WB_ctrl_wb[0])begin
            o_EX_forward2 = 1;
            o_EX_forward_data2 = i_WB_rd_data;
            rs2_data_revised = i_WB_rd_data;
            rs2_wb = 1;
        end
    end
end

always @(*) begin
    haz1 = 0;
    haz2 = 0;
    if(i_IF_ID_rs1_addr)begin
        if((i_IF_ID_rs1_addr == i_ID_EX_rd_addr) && i_ID_EX_ctrl_wb[1] && !i_ID_jalr && !i_ID_branch)begin
            haz1 = 1;
        end
        else if ((i_IF_ID_rs1_addr == i_EX_MEM_rd_addr) && i_dstall) begin
            haz1 = 1;
        end
    end
    if(i_IF_ID_rs2_addr)begin
        if((i_IF_ID_rs2_addr == i_ID_EX_rd_addr) && i_ID_EX_ctrl_wb[1] && !i_ID_jalr && !i_ID_branch)begin
            haz2 = 1;
        end
        else if ((i_IF_ID_rs2_addr == i_EX_MEM_rd_addr) && i_dstall) begin
            haz2 = 1;
        end
    end
end
    
endmodule

module BranchPredict (
    i_ID_EX_branch,
    i_EX_jump,
    o_branch_stall
);
input i_ID_EX_branch,i_EX_jump;
output o_branch_stall;

assign o_branch_stall = i_ID_EX_branch && i_EX_jump;
    
endmodule

module CompressDecode (
    i_inst_comp,
    o_inst_dec,
);

input [15:0] i_inst_comp;
output [31:0] o_inst_dec;

wire [1:0] i_opcode2 = i_inst_comp[1:0];
wire [2:0] i_opcode3 = i_inst_comp[15:13];

// assign opcode = i_inst[6:0];
// assign funct3 = i_inst[14:12];
// assign rd_addr = i_inst[11:7];
// assign rs1 = i_inst[19:15];
// assign rs2 = i_inst[24:20];

reg [6:0] opcode;
reg [2:0] funct3;
reg [4:0] rd,rs1,rs2;
reg [6:0] funct7;

assign o_inst_dec = {funct7,rs2,rs1,funct3,rd,opcode};

always @(*) begin
    case (i_opcode2)
        2'b00:begin
            if(i_opcode3[2])begin //sw
                rs2 = {1'b1,i_inst_comp[4:2]};
                rs1 = {1'b1,i_inst_comp[9:7]};
                rd =  {i_inst_comp[11:10],i_inst_comp[6],2'b0}; //actually imm[4:0] in sw
                funct3 = 3'b010;
                opcode = 7'b0100011;
                funct7 = {5'b0,i_inst_comp[5],i_inst_comp[12]}; //imm[11:5]
            end
            else begin //lw
                rd = {1'b1,i_inst_comp[4:2]};
                rs1 = {1'b1,i_inst_comp[9:7]};
                rs2 = {i_inst_comp[11:10],i_inst_comp[6],2'b0}; //imm[4:0]
                funct3 = 3'b010;
                opcode = 7'b0000011;
                funct7 = {5'b0,i_inst_comp[5],i_inst_comp[12]};//imm[11:5]
            end
        end
        2'b01:begin
            case (i_opcode3)
                3'b000:begin //nop,addi
                    rs1 = i_inst_comp[11:7];
                    rd = i_inst_comp[11:7];
                    rs2 = i_inst_comp[6:2]; //imm[4:0]
                    funct7 = {7{i_inst_comp[12]}} ; //imm[11:5]
                    opcode = 7'b0010011;
                    funct3 = 3'b000;
                end 
                3'b001:begin //jal
                    rd = 1;
                    opcode = 7'b1101111;
                    rs2[0] = i_inst_comp[12]; //imm[11]
                    {rs1,funct3} = {8{i_inst_comp[12]}} ; //imm[19:12] 
                    rs2[4:1] = {i_inst_comp[11],i_inst_comp[5:3]};//imm[4:1]
                    funct7 = {i_inst_comp[12],i_inst_comp[8],i_inst_comp[10],i_inst_comp[9],i_inst_comp[6],i_inst_comp[7],i_inst_comp[2]}; //imm[20],imm[10:5]
                end
                3'b101:begin //j
                    rd = 0;
                    opcode = 7'b1101111;
                    rs2[0] = i_inst_comp[12]; //imm[11]
                    {rs1,funct3} = {8{i_inst_comp[12]}} ; //imm[19:12] 
                    rs2[4:1] = {i_inst_comp[11],i_inst_comp[5:3]};//imm[4:1]
                    funct7 = {i_inst_comp[12],i_inst_comp[8],i_inst_comp[10],i_inst_comp[9],i_inst_comp[6],i_inst_comp[7],i_inst_comp[2]}; //imm[20],imm[10:5]
                end
                3'b100:begin
                    case (i_inst_comp[11:10])
                        2'b10:begin //andi
                            rs1 = {1'b1,i_inst_comp[9:7]};
                            rd = {1'b1,i_inst_comp[9:7]};
                            rs2 = i_inst_comp[6:2]; //imm[4:0]
                            funct7 = {7{i_inst_comp[12]}}; //imm[11:5]
                            opcode = 7'b0010011;
                            funct3 = 3'b111;
                        end 
                        2'b00:begin //srli
                            rs1 = {1'b1,i_inst_comp[9:7]};
                            rd = {1'b1,i_inst_comp[9:7]};
                            rs2 = i_inst_comp[6:2]; //imm[4:0]
                            funct7 = 0; //should be zero
                            opcode = 7'b0010011;
                            funct3 = 3'b101;
                        end
                        2'b01:begin //srai
                            rs1 = {1'b1,i_inst_comp[9:7]};
                            rd = {1'b1,i_inst_comp[9:7]};
                            rs2 = i_inst_comp[6:2]; //imm[4:0]
                            funct7 = 7'b0100000; //imm[11:5],should be zero
                            opcode = 7'b0010011;
                            funct3 = 3'b101;
                        end
                        default: begin //dont care
                            rs1 = {1'b1,i_inst_comp[9:7]};
                            rd = {1'b1,i_inst_comp[9:7]};
                            rs2 = i_inst_comp[6:2]; //imm[4:0]
                            funct7 = 7'b0100000; //imm[11:5],should be zero
                            opcode = 7'b0010011;
                            funct3 = 3'b101;
                        end
                    endcase
                end
                3'b110:begin//beqz
                    rs1 = {1'b1,i_inst_comp[9:7]};
                    rs2 = 0; //x0
                    rd = {i_inst_comp[11:10],i_inst_comp[4:3],i_inst_comp[12]} ; //imm[4:1|11]
                    funct3 = 3'b000;
                    opcode = 7'b1100011;
                    funct7 = {i_inst_comp[12],{3{i_inst_comp[12]}},i_inst_comp[6:5],i_inst_comp[2]} ; //imm[12|10:5]
                end
                3'b111:begin//bnez
                    rs1 = {1'b1,i_inst_comp[9:7]};
                    rs2 = 0; //x0
                    rd = {i_inst_comp[11:10],i_inst_comp[4:3],i_inst_comp[12]} ; //imm[4:1|11]
                    funct3 = 3'b001;
                    opcode = 7'b1100011;
                    funct7 = {i_inst_comp[12],{3{i_inst_comp[12]}},i_inst_comp[6:5],i_inst_comp[2]} ; //imm[12|10:5]
                end
                default: begin //nop,addi
                    rs1 = i_inst_comp[11:7];
                    rd = i_inst_comp[11:7];
                    rs2 = i_inst_comp[6:2]; //imm[4:0]
                    funct7 = {7{i_inst_comp[12]}} ; //imm[11:5]
                    opcode = 7'b0010011;
                    funct3 = 3'b000;
                end
            endcase
        end
        2'b10:begin
            if(i_opcode3[2])begin
                if (i_inst_comp[6:2] == 0)begin //jr, jalr
                    if(i_inst_comp[12])begin //jalr
                        rd = 1; //x1
                        rs1 = {i_inst_comp[11:7]};
                        funct7 = 0; //imm
                        rs2 = 0; //imm
                        funct3 = 0;
                        opcode = 7'b1100111;
                    end
                    else begin //jr
                        rd = 0; //x1
                        rs1 = {i_inst_comp[11:7]};
                        funct7 = 0; //imm
                        rs2 = 0; //imm
                        funct3 = 0;
                        opcode = 7'b1100111;
                    end
                end
                else begin //add,mv
                    if(i_inst_comp[12])begin //add
                        rs2 = i_inst_comp[6:2];
                        rs1 = i_inst_comp[11:7];
                        rd  = i_inst_comp[11:7];
                        funct7 = 0;
                        funct3 = 0;
                        opcode = 7'b0110011;
                    end
                    else begin //mv
                        rs2 = i_inst_comp[6:2];
                        rs1 = 0;
                        rd = i_inst_comp[11:7];
                        funct7 = 0;
                        funct3 = 0;
                        opcode = 7'b0110011;
                    end
                end
            end
            else begin //slli
                rs1 = i_inst_comp[11:7];
                rd =  i_inst_comp[11:7];
                rs2 = {i_inst_comp[12],i_inst_comp[6:2]};
                funct3 = 3'b001;
                opcode = 7'b0010011;
                funct7 = 0;
            end
        end
        default:begin // not compressed
            rs1 = i_inst_comp[11:7];
            rd =  i_inst_comp[11:7];
            rs2 = {i_inst_comp[12],i_inst_comp[6:2]};
            funct3 = 3'b001;
            opcode = 7'b0010011;
            funct7 = 0;
        end
    endcase
end

    
endmodule